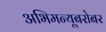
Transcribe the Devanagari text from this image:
अभिमन्यूबरोबर